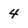
Character: 4